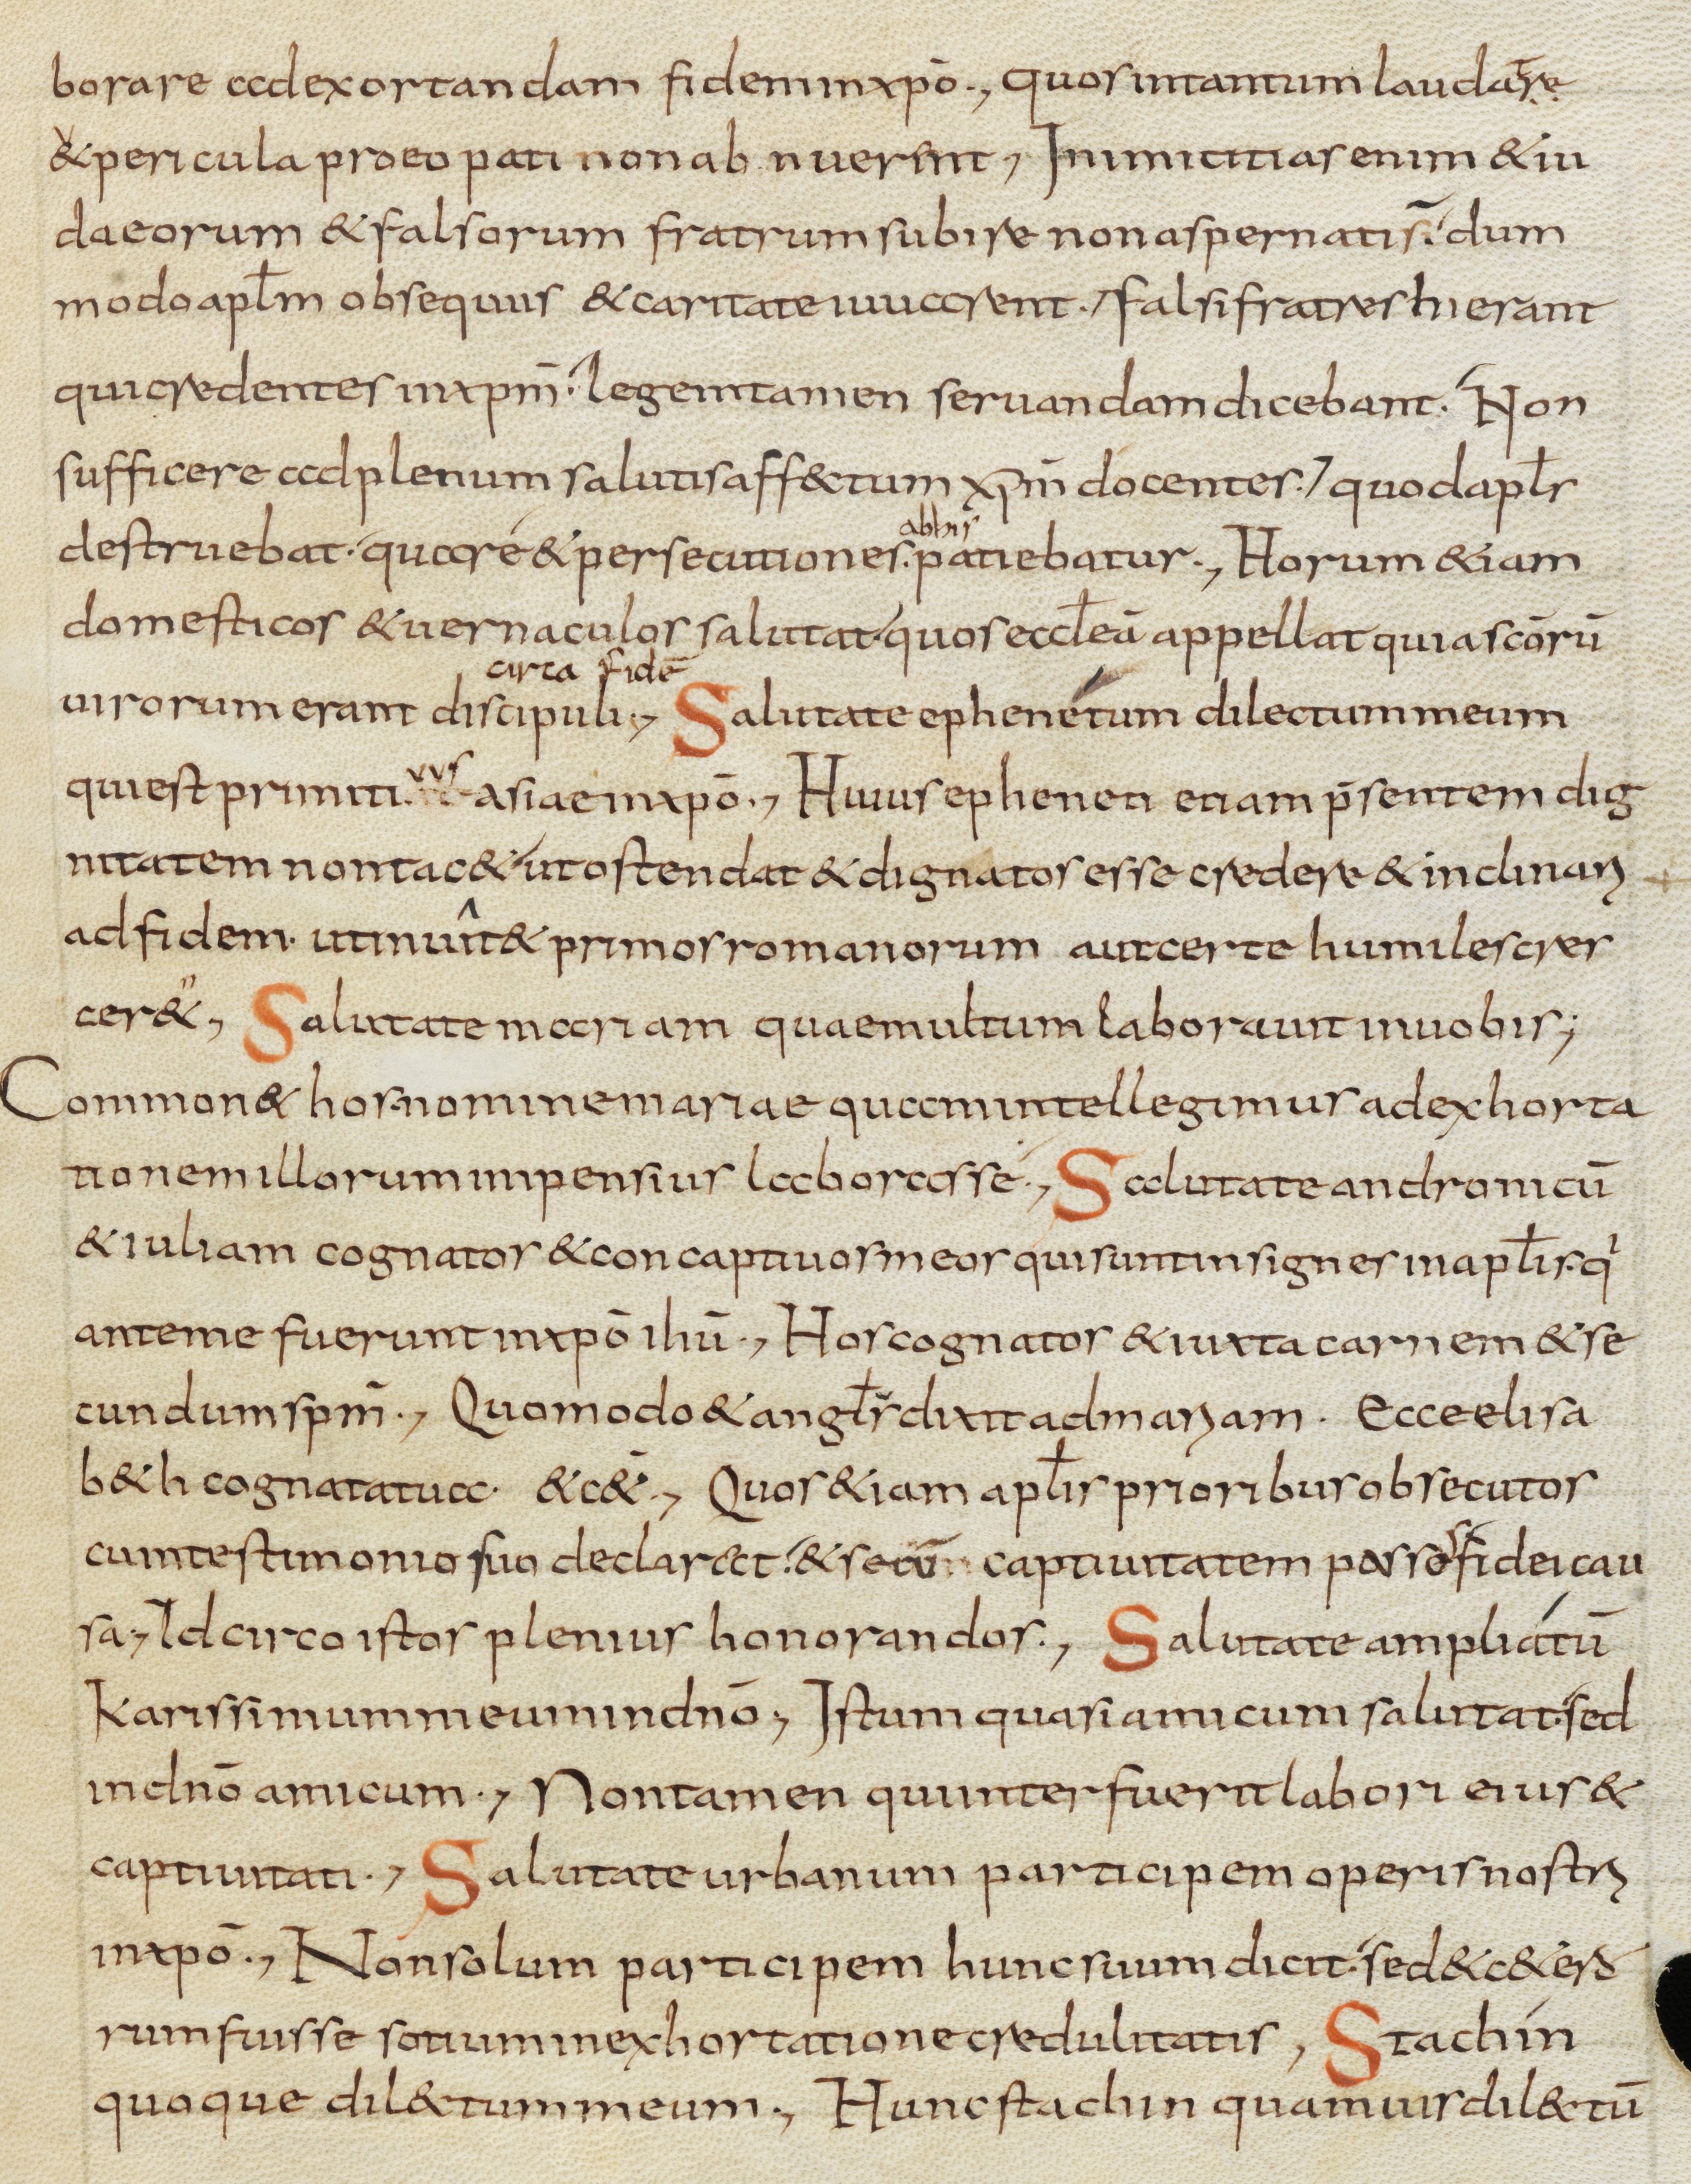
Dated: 800–899